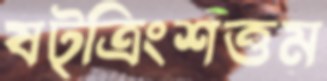
ষট্‌ত্রিংশত্তম